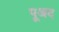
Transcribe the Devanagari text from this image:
पूअद